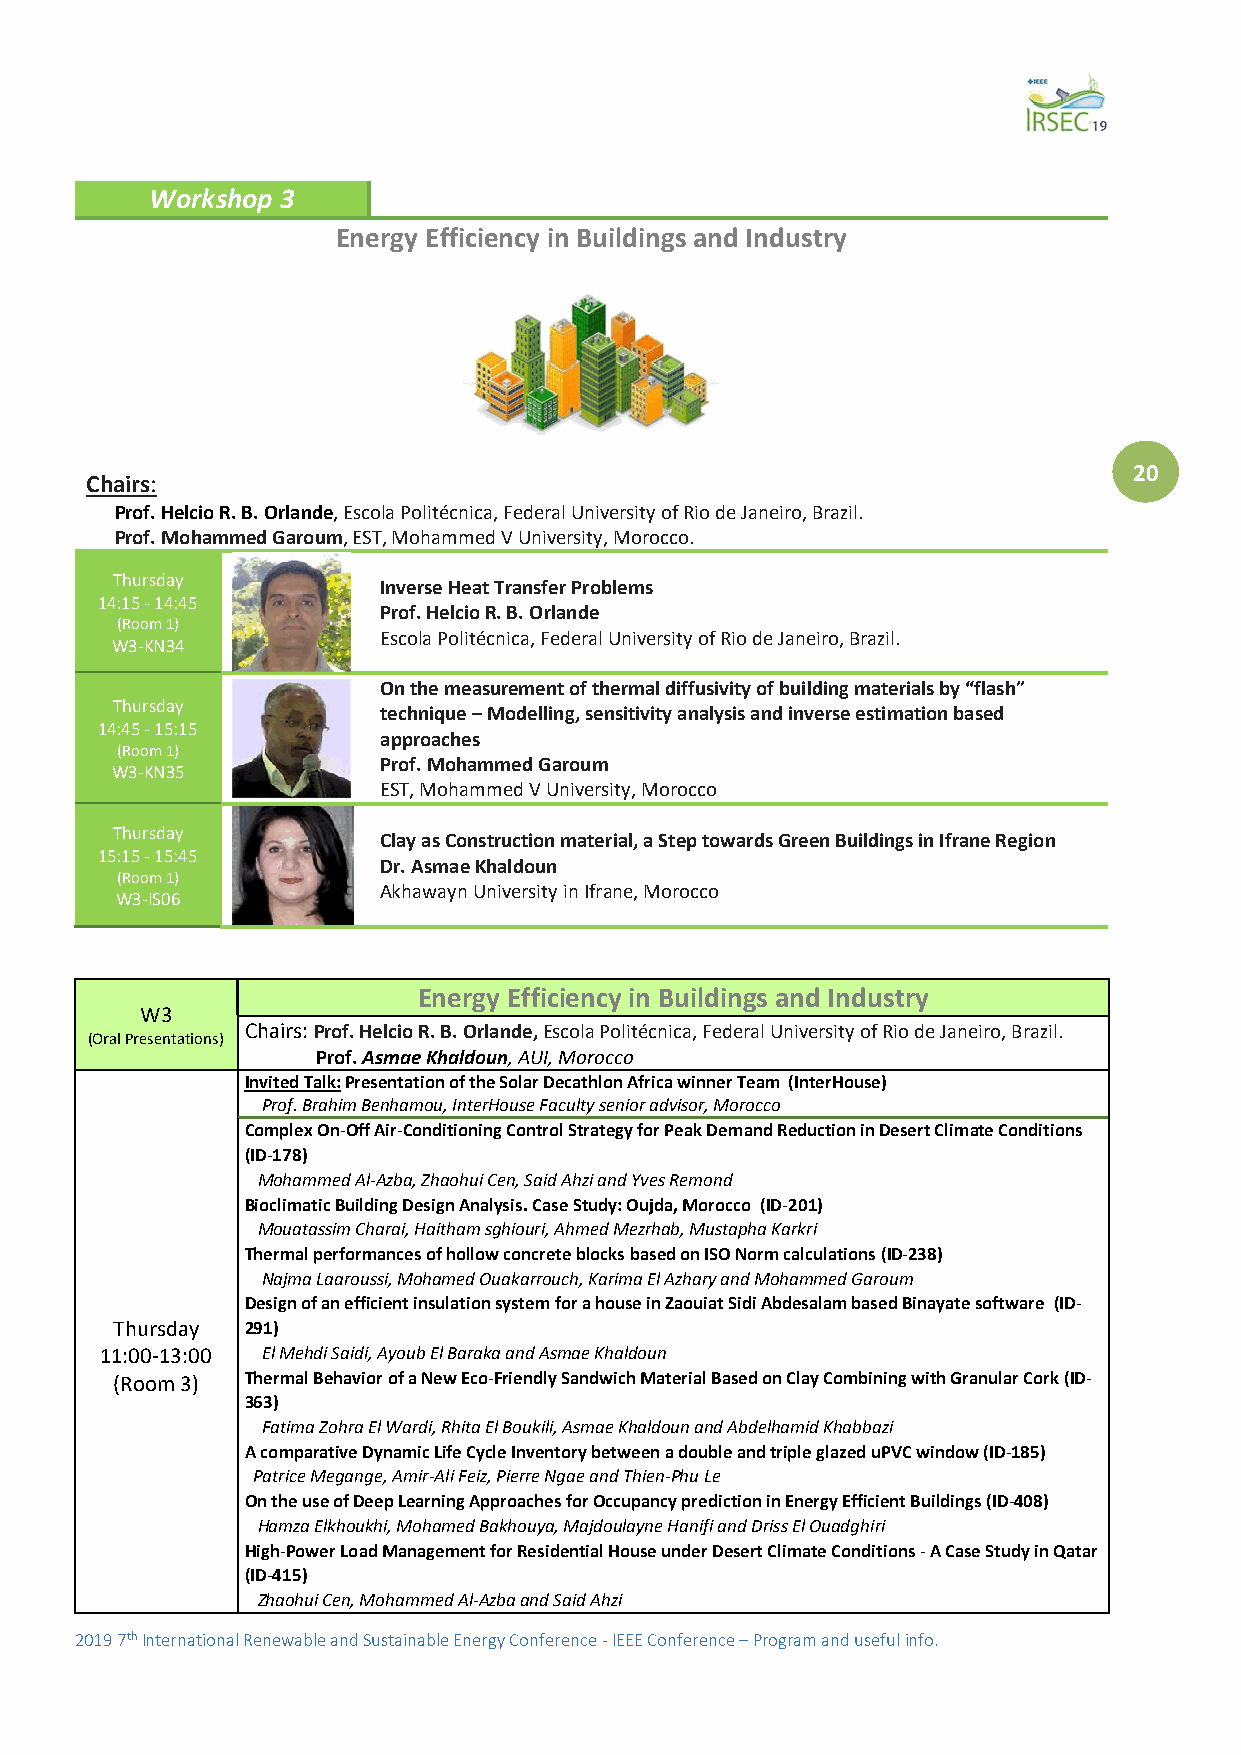
Workshop 3
 Energy Efficiency in Buildings and Industry
 20
 Chairs:
 Prof. Helcio R. B. Orlande, Escola Politécnica, Federal University of Rio de Janeiro, Brazil.
 Prof. Mohammed Garoum, EST, Mohammed V University, Morocco.
 Thursday
 Inverse Heat Transfer Problems
 14:15 - 14:45
 Prof. Helcio R. B. Orlande
 (Room 1)
 Escola Politécnica, Federal University of Rio de Janeiro, Brazil.
 W3-KN34
 On the measurement of thermal diffusivity of building materials by “flash”
 Thursday
 technique – Modelling, sensitivity analysis and inverse estimation based
 14:45 - 15:15
 approaches
 (Room 1)
 W3-KN35
 Prof. Mohammed Garoum
 EST, Mohammed V University, Morocco
 Thursday
 Clay as Construction material, a Step towards Green Buildings in Ifrane Region
 15:15 - 15:45
 Dr. Asmae Khaldoun
 (Room 1)
 Akhawayn University in Ifrane, Morocco
 W3-IS06
 Energy Efficiency in Buildings and Industry
 W3
 Chairs: Prof. Helcio R. B. Orlande, Escola Politécnica, Federal University of Rio de Janeiro, Brazil.
 (Oral Presentations)
 Prof. Asmae Khaldoun, AUI, Morocco
 Invited Talk: Presentation of the Solar Decathlon Africa winner Team (InterHouse)
 Prof. Brahim Benhamou, InterHouse Faculty senior advisor, Morocco
 Complex On-Off Air-Conditioning Control Strategy for Peak Demand Reduction in Desert Climate Conditions
 (ID-178)
 Mohammed Al-Azba, Zhaohui Cen, Said Ahzi and Yves Remond
 Bioclimatic Building Design Analysis. Case Study: Oujda, Morocco (ID-201)
 Mouatassim Charai, Haitham sghiouri, Ahmed Mezrhab, Mustapha Karkri
 Thermal performances of hollow concrete blocks based on ISO Norm calculations (ID-238)
 Najma Laaroussi, Mohamed Ouakarrouch, Karima El Azhary and Mohammed Garoum
 Design of an efficient insulation system for a house in Zaouiat Sidi Abdesalam based Binayate software (ID-
 Thursday 291)
 11:00-13:00 El Mehdi Saidi, Ayoub El Baraka and Asmae Khaldoun
 (Room 3) Thermal Behavior of a New Eco-Friendly Sandwich Material Based on Clay Combining with Granular Cork (ID-
 363)
 Fatima Zohra El Wardi, Rhita El Boukili, Asmae Khaldoun and Abdelhamid Khabbazi
 A comparative Dynamic Life Cycle Inventory between a double and triple glazed uPVC window (ID-185)
 Patrice Megange, Amir-Ali Feiz, Pierre Ngae and Thien-Phu Le
 On the use of Deep Learning Approaches for Occupancy prediction in Energy Efficient Buildings (ID-408)
 Hamza Elkhoukhi, Mohamed Bakhouya, Majdoulayne Hanifi and Driss El Ouadghiri
 High-Power Load Management for Residential House under Desert Climate Conditions - A Case Study in Qatar
 (ID-415)
 Zhaohui Cen, Mohammed Al-Azba and Said Ahzi
 2019 7th International Renewable and Sustainable Energy Conference - IEEE Conference – Program and useful info.